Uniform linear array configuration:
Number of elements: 12
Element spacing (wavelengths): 0.75
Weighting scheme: hann
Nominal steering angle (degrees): -15
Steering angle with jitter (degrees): -13.304
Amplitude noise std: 0.05
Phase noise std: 0.05

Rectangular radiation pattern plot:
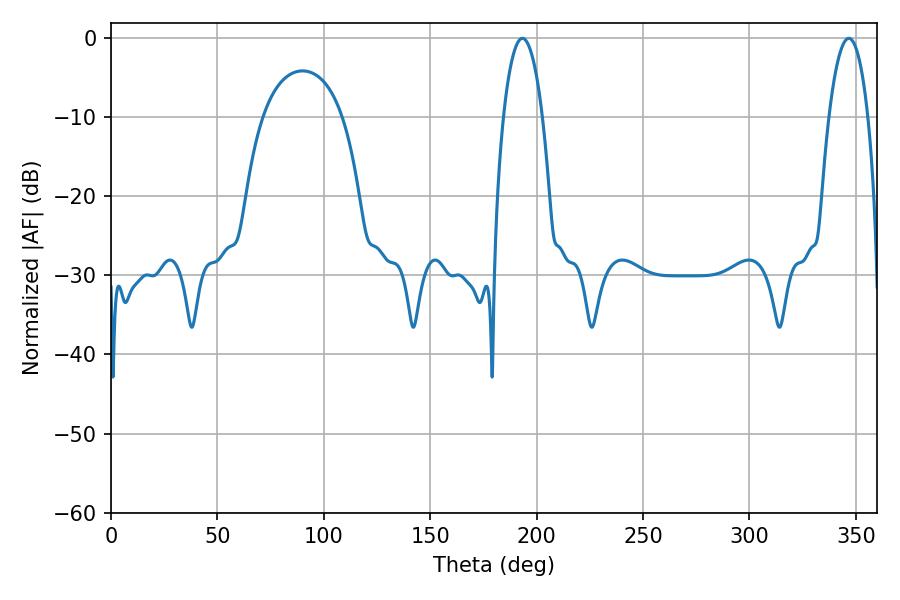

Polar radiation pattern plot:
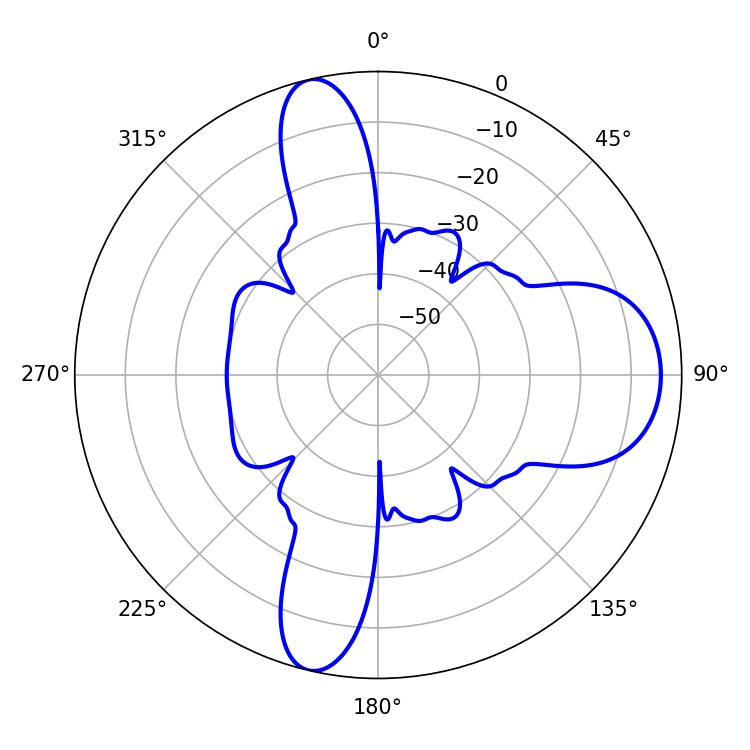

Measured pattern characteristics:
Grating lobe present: TRUE
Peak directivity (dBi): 12.969
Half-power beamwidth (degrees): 10.26
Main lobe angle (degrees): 193.32